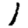
Digit: 1